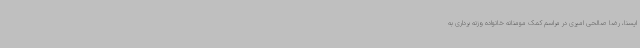
ایسنا، رضا صالحی امیری در مراسم کمک مومنانه خانواده وزنه برداری به